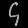
Digit: ၄